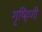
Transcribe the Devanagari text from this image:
गृष्हिणी